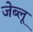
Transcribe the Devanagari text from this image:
जेब्‍लू